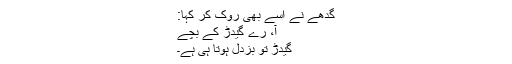
گدھے نے اسے بھی روک کر کہا:
آ، رے گیدڑ کے بچے
گیدڑ تو بزدل ہوتا ہی ہے۔